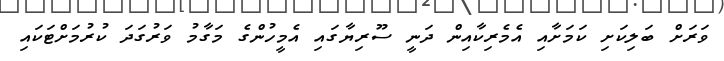
ވަރަށް ބަލިކަށި ކަމަށާއި އެމެރިކާއިން ދަނީ ސޫރިޔާގައި އެމީހުންގެ މަގާމު ވަރުގަދަ ކުރުމަށްޓަކައި